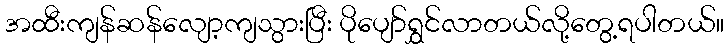
အထီးကျန်ဆန်လျော့ကျသွားပြီး ပိုပျော်ရွှင်လာတယ်လို့တွေ့ရပါတယ်။